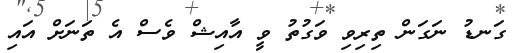
ގަނޑު ނަގަން ތިރިވި ވަގުތު ވީ އާއިޝް ވެސް އެ ތަނަށް އައި